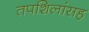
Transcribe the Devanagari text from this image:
तपशिलांसह